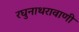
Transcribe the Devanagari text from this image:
रघुनाथरावाणी